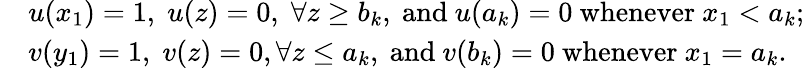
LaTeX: \begin{array}{rl}&{u(x_{1})=1,\; u(z)=0,\; \forall z\geq b_{k},\mathrm{~and~}u(a_{k})=0\mathrm{~whenever~}x_{1}<a_{k};}\\ &{v(y_{1})=1,\; v(z)=0,\forall z\leq a_{k},\mathrm{~and~}v(b_{k})=0\mathrm{~whenever~}x_{1}=a_{k}.}\end{array}